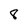
Character: 8